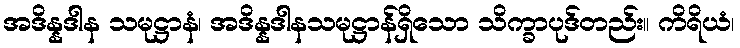
အဒိန္နဒါန သမုဋ္ဌာနံ၊ အဒိန္နဒါနသမုဋ္ဌာန်ရှိသော သိက္ခာပုဒ်တည်း။ ကိရိယံ၊